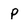
Character: p